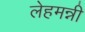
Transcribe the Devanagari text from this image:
लेहमन्नी